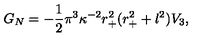
G _ { N } = - \frac { 1 } { 2 } \pi ^ { 3 } \kappa ^ { - 2 } r _ { + } ^ { 2 } ( r _ { + } ^ { 2 } + l ^ { 2 } ) V _ { 3 } ,